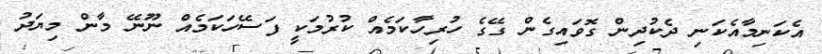
އެކަނިމާއެކަނި ދެކުދިން ގޮވައިގެން ގޭގެ ހުރިހާކަމެއް ކުރުމަކީ ފަސޭހަކަމެއް ނޫނޭ މާން މިޔަދު